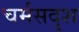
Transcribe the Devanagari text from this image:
चर्मसदृश